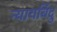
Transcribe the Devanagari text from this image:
न्यायबिंदु